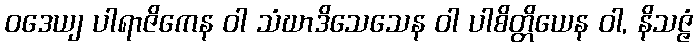
ဝဒေယျ ပါရာဇိကေန ဝါ သံဃာဒိသေသေန ဝါ ပါစိတ္တိယေန ဝါ, နိသဇ္ဇံ